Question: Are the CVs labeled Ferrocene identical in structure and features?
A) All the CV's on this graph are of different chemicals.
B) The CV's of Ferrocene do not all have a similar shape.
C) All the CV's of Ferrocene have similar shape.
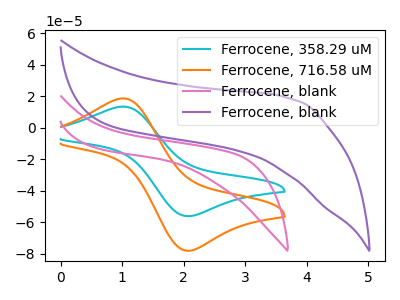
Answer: <think>The cyan curve "Ferrocene, 358.29 uM" has an anodic peak at (1.00V, 13.35uA) and a cathodic peak at (2.10V, -56.20uA). The orange curve "Ferrocene, 716.58 uM" has an anodic peak at (1.00V, 18.55uA) and a cathodic peak at (2.10V, -78.20uA). The pink curve "Ferrocene, blank" has no peaks. The purple curve "Ferrocene, blank" has no peaks.
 All the peaks in "Ferrocene, 358.29 uM" have a peak in "Ferrocene, 716.58 uM" at the same potential. Every peak in "Ferrocene, 358.29 uM" is lower than every peak in "Ferrocene, 716.58 uM". "Ferrocene, 358.29 uM" and "Ferrocene, blank" have a different number of peaks. "Ferrocene, 358.29 uM" and "Ferrocene, blank" have a different number of peaks. "Ferrocene, 716.58 uM" and "Ferrocene, blank" have a different number of peaks. "Ferrocene, 716.58 uM" and "Ferrocene, blank" have a different number of peaks. Neither "Ferrocene, blank" or "Ferrocene, blank" have any peaks.</think>
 <answer>C) All the CV's of "Ferrocene" have similar shape.</answer>
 <eval>C</eval>